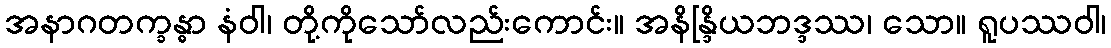
အနာဂတက္ခန္ဓာ နံဝါ၊ တို့ကိုသော်လည်းကောင်း။ အနိန္ဒြိယဘဒ္ဒဿ၊ သော။ ရူပဿဝါ၊